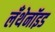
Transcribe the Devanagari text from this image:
लँथेनॉइड